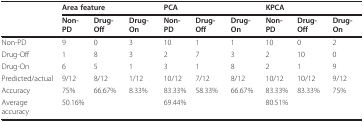
<table><thead><tr><td></td><td colspan="3"><b>Area feature</b></td><td colspan="3"><b>PCA</b></td><td colspan="3"><b>KPCA</b></td></tr><tr><td></td><td><b>Non-PD</b></td><td><b>Drug-Off</b></td><td><b>Drug-On</b></td><td><b>Non-PD</b></td><td><b>Drug-Off</b></td><td><b>Drug-On</b></td><td><b>Non-PD</b></td><td><b>Drug-Off</b></td><td><b>Drug-On</b></td></tr></thead><tbody><tr><td>Non-PD</td><td>9</td><td>0</td><td>3</td><td>10</td><td>1</td><td>1</td><td>10</td><td>0</td><td>2</td></tr><tr><td>Drug-Off</td><td>1</td><td>8</td><td>3</td><td>2</td><td>7</td><td>3</td><td>2</td><td>10</td><td>0</td></tr><tr><td>Drug-On</td><td>6</td><td>5</td><td>1</td><td>3</td><td>1</td><td>8</td><td>2</td><td>1</td><td>9</td></tr><tr><td>Predicted/actual</td><td>9/12</td><td>8/12</td><td>1/12</td><td>10/12</td><td>7/12</td><td>8/12</td><td>10/12</td><td>10/12</td><td>9/12</td></tr><tr><td>Accuracy</td><td>75%</td><td>66.67%</td><td>8.33%</td><td>83.33%</td><td>58.33%</td><td>66.67%</td><td>83.33%</td><td>83.33%</td><td>75%</td></tr><tr><td>Average accuracy</td><td>50.16%</td><td></td><td></td><td>69.44%</td><td></td><td></td><td>80.51%</td><td></td><td></td></tr></tbody></table>